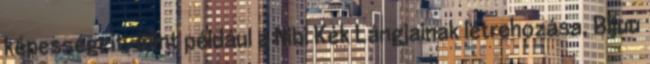
képességeit, mint például a Nibi Kék Lángjainak létrehozása, Bijuu